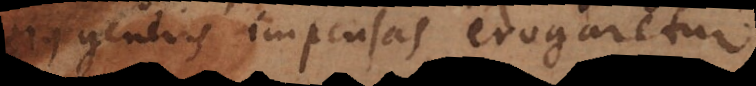
generis impensas erogaretur.